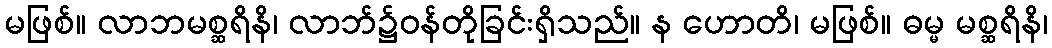
မဖြစ်။ လာဘမစ္ဆရိနိ၊ လာဘ်၌ဝန်တိုခြင်းရှိသည်။ န ဟောတိ၊ မဖြစ်။ ဓမ္မ မစ္ဆရိနိ၊